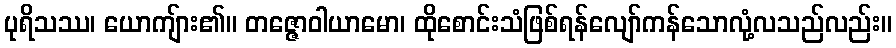
ပုရိသဿ၊ ယောကျ်ား၏။ တဇ္ဇောဝါယာမော၊ ထိုစောင်းသံဖြစ်ရန်လျော်ကန်သောလုံ့လသည်လည်း။